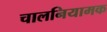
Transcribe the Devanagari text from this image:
चालनियामक